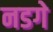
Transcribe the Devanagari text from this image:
नडगे